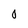
Character: 0